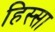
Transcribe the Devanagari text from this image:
हिस्सा